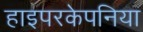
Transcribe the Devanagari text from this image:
हाइपरकेपनिया